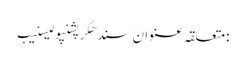
:متعلقہ عنوان سندھکرپشنپولیسنیب